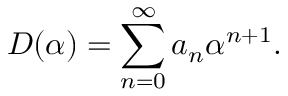
D ( \alpha ) = \sum _ { n = 0 } ^ { \infty } a _ { n } \alpha ^ { n + 1 } .